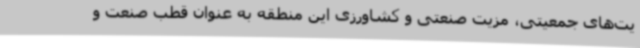
یت‌های جمعیتی، مزیت صنعتی و کشاورزی این منطقه به عنوان قطب صنعت و